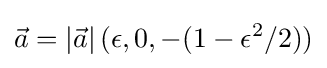
{\vec {a}}=\left|{\vec {a}}\right|(\epsilon ,0,-(1-\epsilon ^{2}/2))